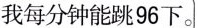
我每分钟能跳96下。小小每分钟比文文少跳多少下?